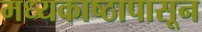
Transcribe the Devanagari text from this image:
मध्यकाष्ठापासून